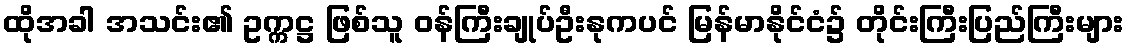
ထိုအခါ အသင်း၏ ဥက္ကဋ္ဌ ဖြစ်သူ ဝန်ကြီးချုပ်ဦးနုကပင် မြန်မာနိုင်ငံ၌ တိုင်းကြီးပြည်ကြီးများ